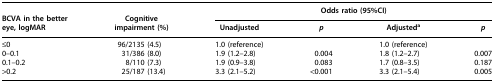
|  |  | <COLSPAN=4> Odds ratio (95%CI) |
 | BCVA in the better eye, logMAR | Cognitive impairment (%) | Unadjusted | p | Adjusteda | p |
 | --- | --- | --- | --- | --- | --- |
 | ≤0 | 96/2135 (4.5) | 1.0 (reference) |  | 1.0 (reference) |  |
 | 0–0.1 | 31/386 (8.0) | 1.9 (1.2–2.8) | 0.004 | 1.8 (1.2–2.7) | 0.007 |
 | 0.1–0.2 | 8/110 (7.3) | 1.9 (0.9–3.8) | 0.083 | 1.7 (0.8–3.5) | 0.187 |
 | >0.2 | 25/187 (13.4) | 3.3 (2.1–5.2) | <0.001 | 3.3 (2.1–5.4) | 0.005 |